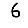
Digit: 6